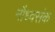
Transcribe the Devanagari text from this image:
नौध्वसंक